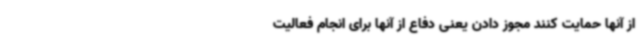
از آنها حمایت کنند مجوز دادن یعنی دفاع از آنها برای انجام فعالیت